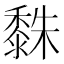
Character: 𪏿